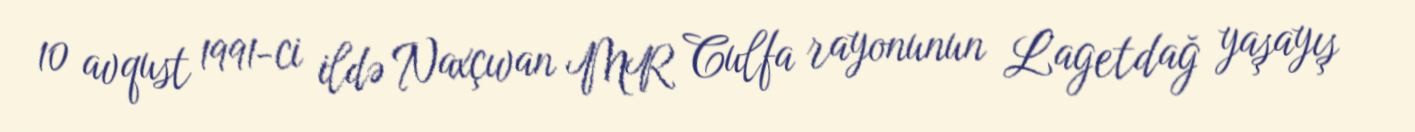
10 avqust 1991-ci ildə Naxçıvan MR Culfa rayonunun Lagetdağ yaşayış